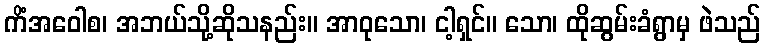
ကိံအဝေါစ၊ အဘယ်သို့ဆိုသနည်း။ အာဝုသော၊ ငါ့ရှင်။ သော၊ ထိုဆွမ်းခံရွာမှ ဖဲသည်